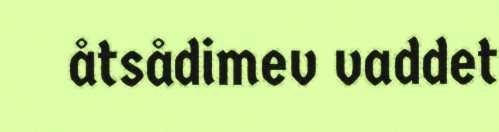
åtsådimev vaddet